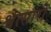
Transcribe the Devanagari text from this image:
श्वेत्सारों